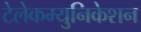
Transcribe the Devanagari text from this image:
टेलेकम्युनिकेशन